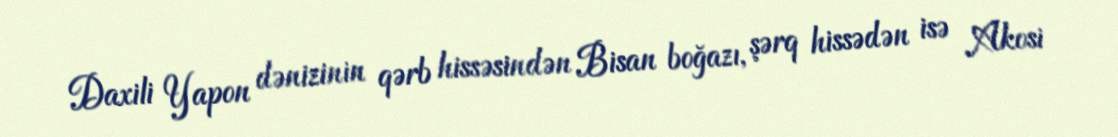
Daxili Yapon dənizinin qərb hissəsindən Bisan boğazı, şərq hissədən isə Akosi